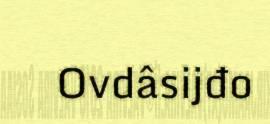
Ovdâsijđo